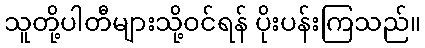
သူတို့ပါတီများသို့ဝင်ရန် ပိုးပန်းကြသည်။